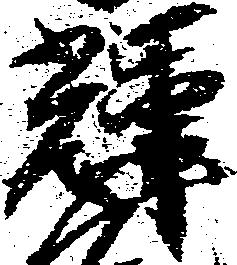
輝